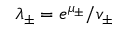
\lambda _ { \pm } = e ^ { \mu _ { \pm } } / v _ { \pm }